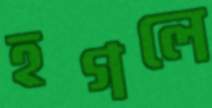
হগলে